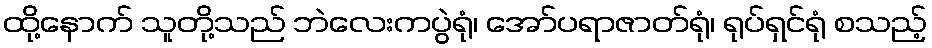
ထို့နောက် သူတို့သည် ဘဲလေးကပွဲရုံ၊ အော်ပရာဇာတ်ရုံ၊ ရုပ်ရှင်ရုံ စသည့်